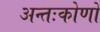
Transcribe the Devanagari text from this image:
अन्तःकोणों